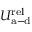
U _ { \mathrm { a - d } } ^ { \mathrm { r e l } }